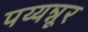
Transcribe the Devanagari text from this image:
पय्यन्नूर